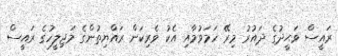
ރައީސް ވަޙީދުގެ ދައުރު މިރޭ ހަމަވުމާއި އެކު ވެރިކަން ރައްޔިތުންގެ މަޖިލީހުގެ ރައީސް